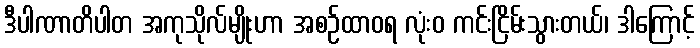
ဒီပါဏာတိပါတ အကုသိုလ်မျိုးဟာ အစဉ်ထာဝရ လုံးဝ ကင်းငြိမ်းသွားတယ်၊ ဒါကြောင့်